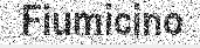
Fiumicino